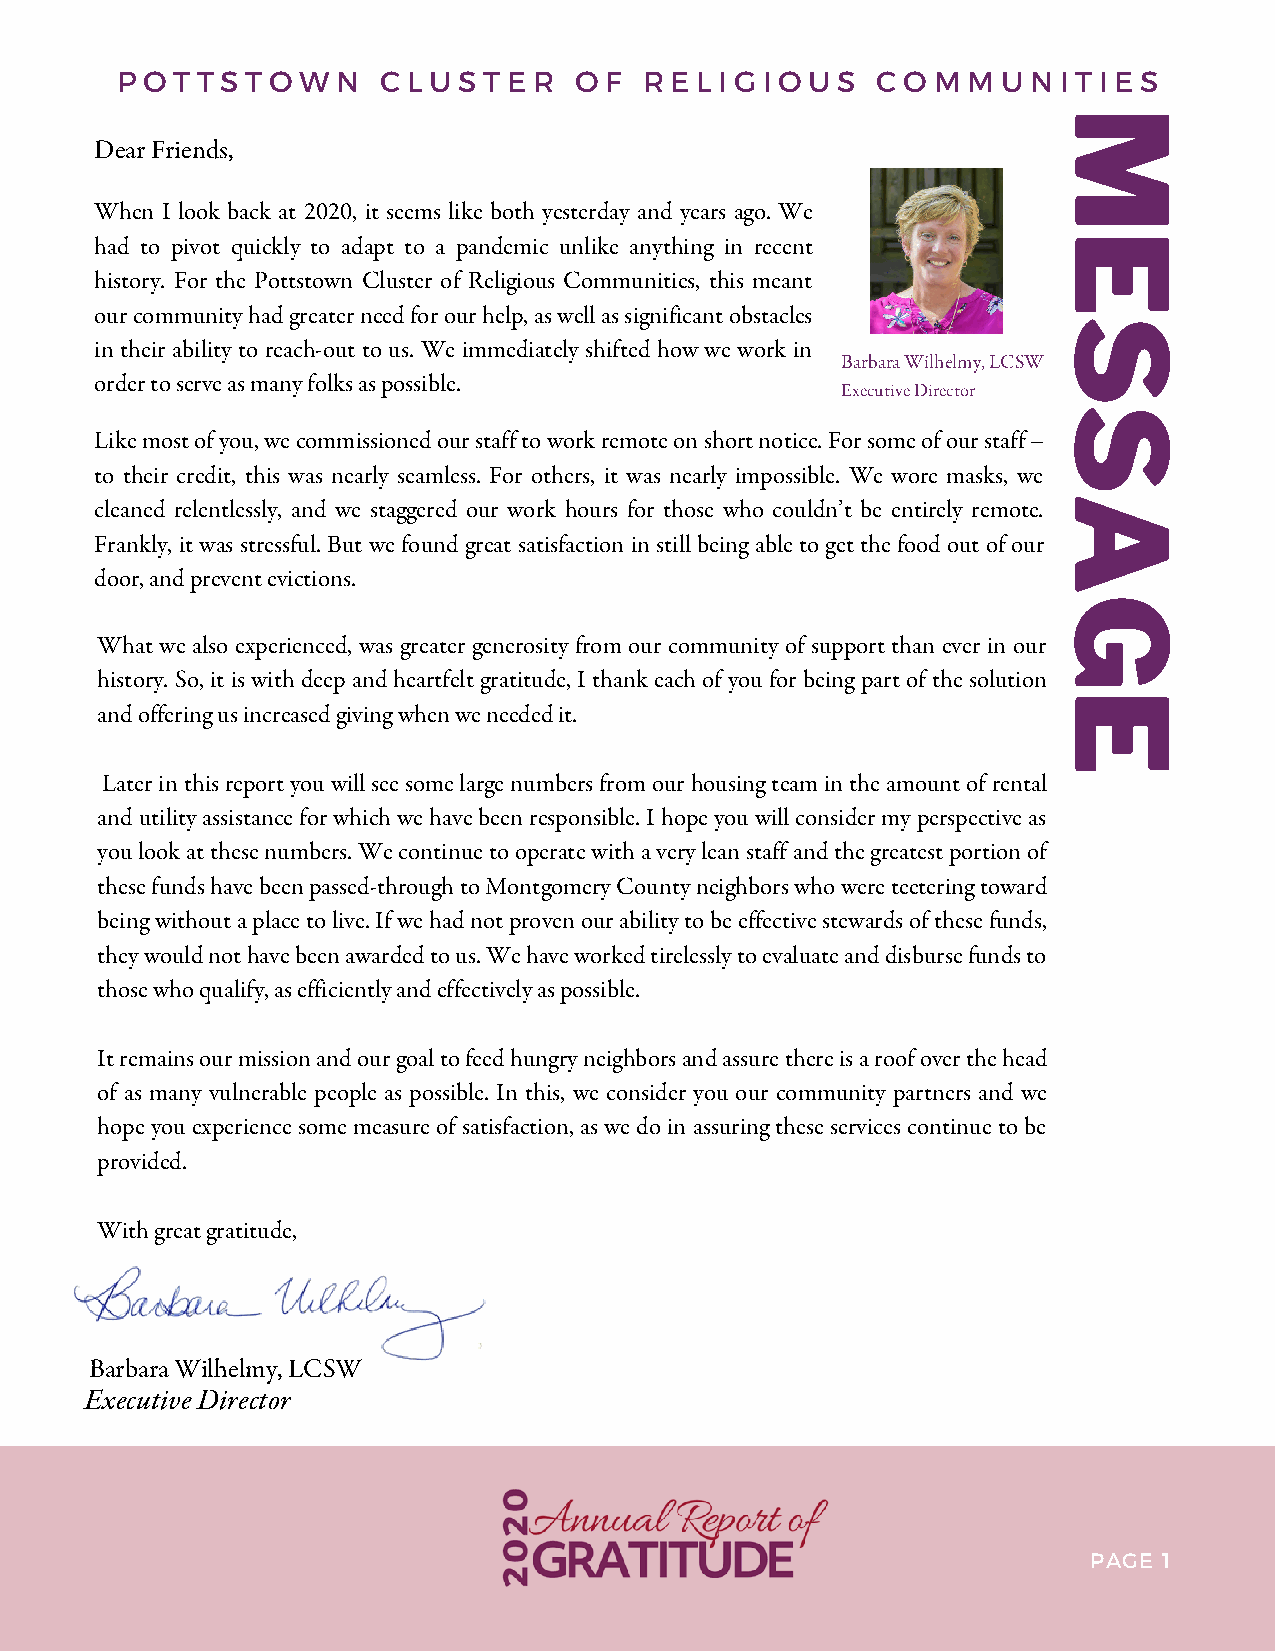
P O T T S T O W N C L U S T E R O F R E L I G I O U S C O M M U N I T I E S
 M
 Dear Friends,
 When I look back at 2020, it seems like both yesterday and years ago. We
 had to pivot quickly to adapt to a pandemic unlike anything in recent E
 history. For the Pottstown Cluster of Religious Communities, this meant
 our community had greater need for our help, as well as significant obstacles
 S
 in their ability to reach-out to us. We immediately shifted how we work in
 Barbara Wilhelmy, LCSW
 order to serve as many folks as possible.
 Executive Director
 S
 Like most of you, we commissioned our staff to work remote on short notice. For some of our st aff –
 to their credit, this was nearly seamless. For others, it was nearly impossible. We wore masks, we
 cleaned relentlessly, and we staggered our work hours for those who couldn’t be entirely remote.A
 Frankly, it was stressful. But we found great satisfaction in still being able to get the food out of our
 door, and prevent evictions.
 G
 What we also experienced, was greater generosity from our community of support than ever in our
 history. So, it is with deep and heartfelt gratitude, I thank each of you for being part of the solution
 E
 and offering us increased giving when we needed it.
 Later in this report you will see some large numbers from our housing team in the amount of rental
 and utility assistance for which we have been responsible. I hope you will consider my perspective as
 you look at these numbers. We continue to operate with a very lean staff and the greatest portion of
 these funds have been passed-through to Montgomery County neighbors who were teetering toward
 being without a place to live. If we had not proven our ability to be effective stewards of these funds,
 they would not have been awarded to us. We have worked tirelessly to evaluate and disburse funds to
 those who qualify, as efficiently and effectively as possible.
 It remains our mission and our goal to feed hungry neighbors and assure there is a roof over the head
 of as many vulnerable people as possible. In this, we consider you our community partners and we
 hope you experience some measure of satisfaction, as we do in assuring these services continue to be
 provided.
 With great gratitude,
 Barbara Wilhelmy, LCSW
 Executive D irector
 PAGE 1